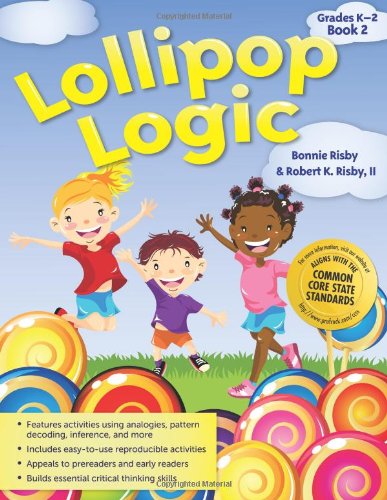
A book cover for Lollipop Logic, Book 2 (Grades K-2); Bonnie Risby; Humor & Entertainment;